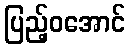
ပြည့်ဝအောင်